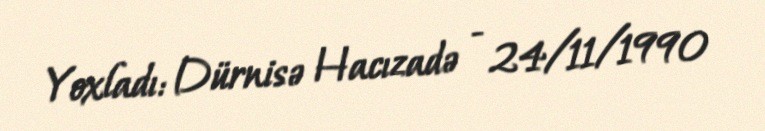
Yoxladı: Dürnisə Hacızadə - 24/11/1990